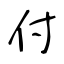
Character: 付